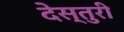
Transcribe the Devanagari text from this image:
देस्तुरी